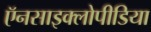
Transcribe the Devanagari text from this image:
ऍनसाइक्लोपीडिया